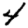
Digit: 4